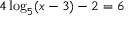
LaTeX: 4 \log _ { 5 } ( x - 3 ) - 2 = 6